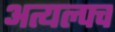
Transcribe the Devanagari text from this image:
अत्यल्पच